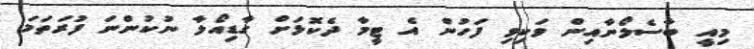
މިއީ ބާސެލޯނާއިން ވަކިވި ފަހުން އެ ޓީމާ ދެކޮޅަށް ގާޑިއޯލާ ނުކުންނަ ފުރަތަމަ